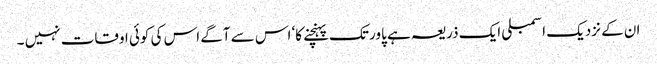
ان کے نزدیک اسمبلی ایک ذریعہ ہے پاور تک پہنچنے کا‘ اس سے آگے اس کی کوئی اوقات نہیں ۔